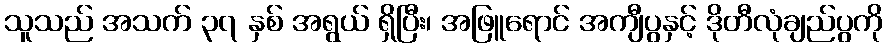
သူသည် အသက် ၃၇ နှစ် အရွယ် ရှိပြီး၊ အဖြူရောင် အကျီပွနှင့် ဒိုတီလုံချည်ပွကို